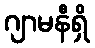
ဂျာမနီရှိ